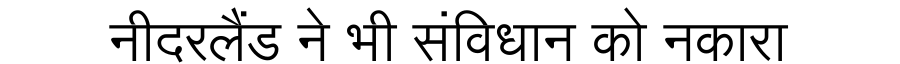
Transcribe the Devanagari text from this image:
नीदरलैंड ने भी संविधान को नकारा